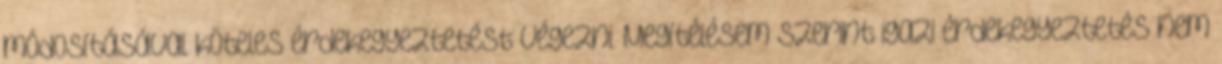
módosításával köteles érdekegyeztetést végezni. Megítélésem szerint igazi érdekegyeztetés nem